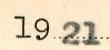
1921